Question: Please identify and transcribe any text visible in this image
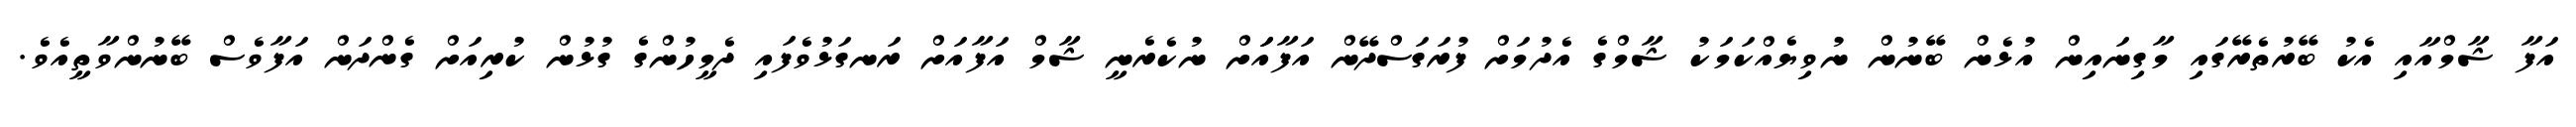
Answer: އަފާ ޝާމްއާއި އެކު ބޭރުތެރޭގައި މާގިނައިން އުޅެން ބޭނުން ނުވިޔެއްކަމަކު ޝާމްގެ އެދުމަށް ފުރަގަސްދޭން އަފާއަަށް ނުކެރެނީ ޝާމް އަފާއަށް ރަނގަޅުވެފައި ދެމީހުންގެ ގުޅުން ކުރިއަށް ގެންދަން އަފާވެސް ބޭނުންވާތީއެވެ.